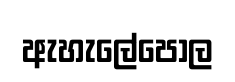
ඇහැලේපොල